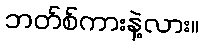
ဘတ်စ်ကားနဲ့လား။